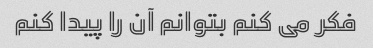
فکر می کنم بتوانم آن را پیدا کنم